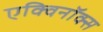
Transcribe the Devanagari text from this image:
एक्विनॉक्स